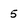
Character: 5